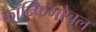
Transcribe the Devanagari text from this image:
कॉन्फिगरेबल